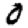
Digit: 0